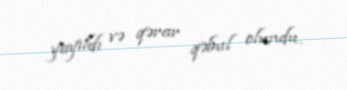
yayıldı və qərar qəbul olundu.